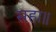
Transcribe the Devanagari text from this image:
सहा॥